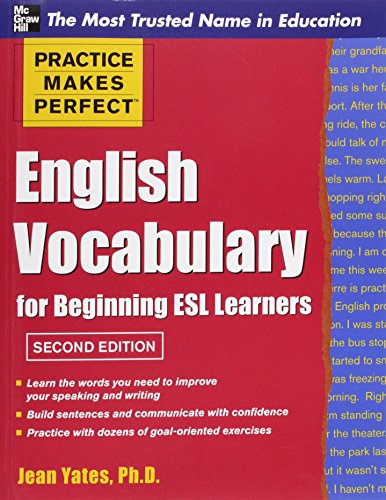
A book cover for Practice Makes Perfect English Vocabulary for Beginning ESL Learners (Practice Makes Perfect Series); Jean Yates; Reference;